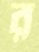
র